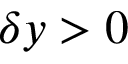
\delta y > 0